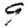
Digit: 9